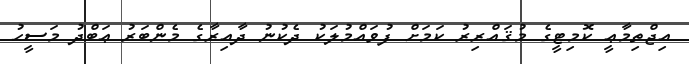
އިޖްތިމާޢީ ކޮމިޓީގެ މުޤައްރިރު ކަމަށް ފުވައްމުލަކު ދެކުނު ދާއިރާގެ މެންބަރު ޢަބްދު މަސީޙު